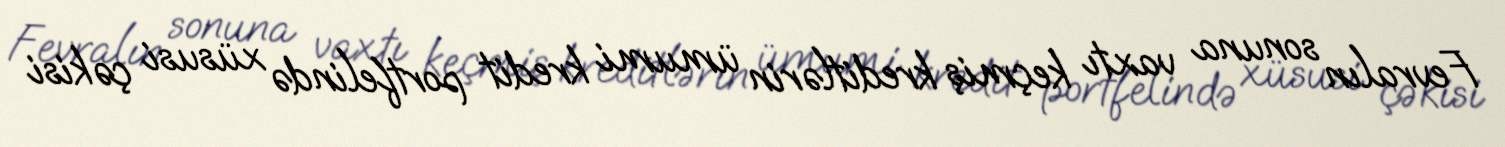
Fevralın sonuna vaxtı keçmiş kreditlərin ümumi kredit portfelində xüsusi çəkisi